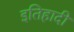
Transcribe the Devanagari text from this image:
इतिहादी